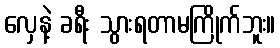
လှေနဲ့ ခရီး သွားရတာမကြိုက်ဘူး။